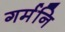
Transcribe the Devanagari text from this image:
गर्मनि